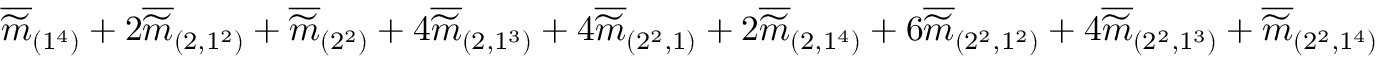
\overline { { \widetilde { m } } } _ { ( 1 ^ { 4 } ) } + 2 \overline { { \widetilde { m } } } _ { ( 2 , 1 ^ { 2 } ) } + \overline { { \widetilde { m } } } _ { ( 2 ^ { 2 } ) } + 4 \overline { { \widetilde { m } } } _ { ( 2 , 1 ^ { 3 } ) } + 4 \overline { { \widetilde { m } } } _ { ( 2 ^ { 2 } , 1 ) } + 2 \overline { { \widetilde { m } } } _ { ( 2 , 1 ^ { 4 } ) } + 6 \overline { { \widetilde { m } } } _ { ( 2 ^ { 2 } , 1 ^ { 2 } ) } + 4 \overline { { \widetilde { m } } } _ { ( 2 ^ { 2 } , 1 ^ { 3 } ) } + \overline { { \widetilde { m } } } _ { ( 2 ^ { 2 } , 1 ^ { 4 } ) }